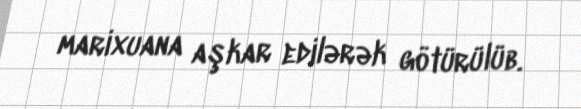
marixuana aşkar edilərək götürülüb.